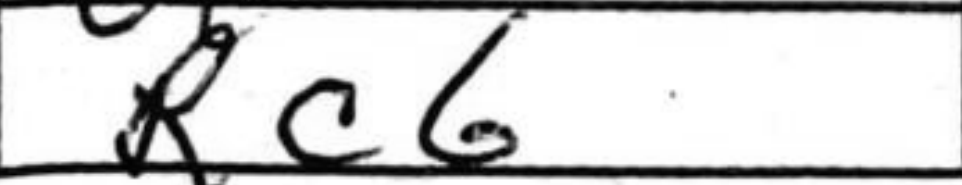
Transcription: Rc6